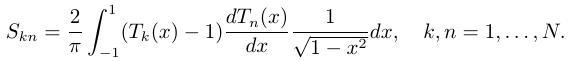
\[
S_{k n}=\frac{2}{\pi} \int_{-1}^{1}\left(T_{k}(x)-1\right) \frac{d T_{n}(x)}{d x} \frac{1}{\sqrt{1-x^{2}}} d x, \quad k, n=1, \ldots, N.
\]